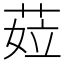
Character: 𦲨